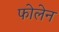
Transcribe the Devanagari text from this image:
फोलेन